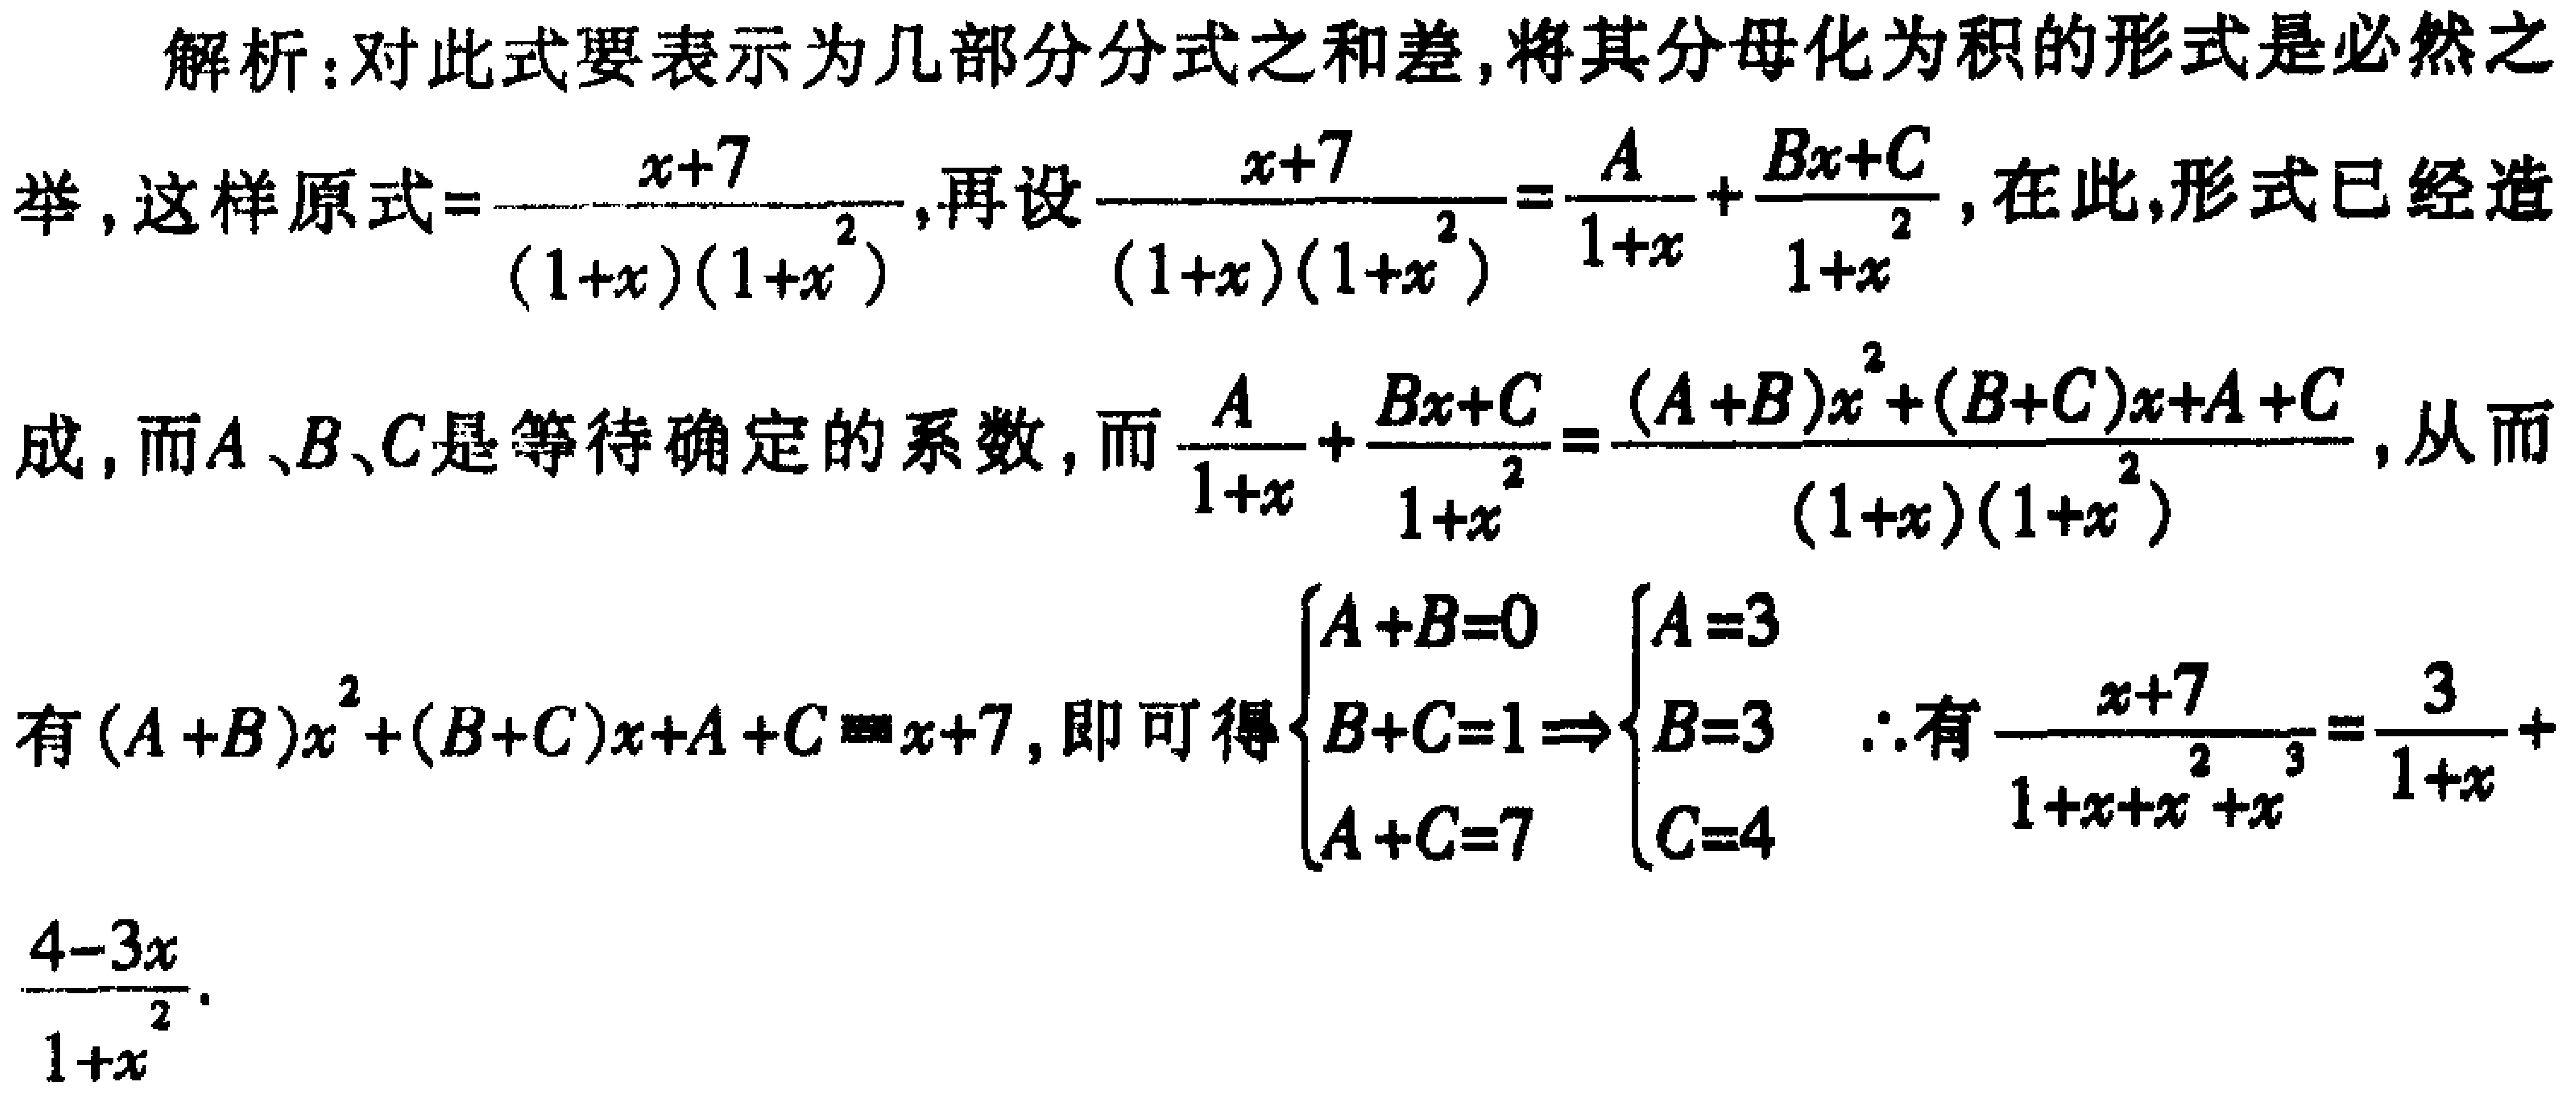
解析：对此式要表示为几部分分式之和差,将其分母化为积的形式是必然之举, 这样原式\(=\frac{x + 7}{(1 + x)(1 + x^{2})}\),再设\(\frac{x + 7}{(1 + x)(1 + x^{2})}=\frac{A}{1 + x}+\frac{Bx + C}{1 + x^{2}}\), 在此,形式已经造成, 而\(A、B、C\)是等待确定的系数, 而\(\frac{A}{1 + x}+\frac{Bx + C}{1 + x^{2}}=\frac{(A + B)x^{2}+(B + C)x+A + C}{(1 + x)(1 + x^{2})}\), 从而有\((A + B)x^{2}+(B + C)x+A + C=x + 7\), 即可得\(\begin{cases}A + B = 0\\B + C = 1\\A + C = 7\end{cases}\Rightarrow\begin{cases}A = 3\\B=- 3\\C = 4\end{cases}\) \(\therefore\)有\(\frac{x + 7}{1 + x+x^{2}+x^{3}}=\frac{3}{1 + x}+\frac{4 - 3x}{1 + x^{2}}\)